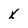
Character: x